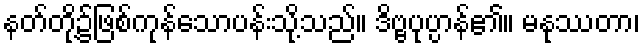
နတ်တို့၌ဖြစ်ကုန်သောပန်းသို့သည်။ ဒိဗ္ဗပုပ္ပာန်၏။ မနုဿတာ၊